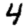
Digit: 4